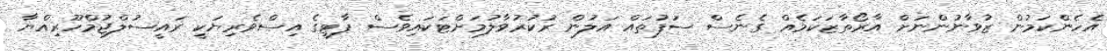
އެހެންކަމުން ޒުވާނުންނަށް އާރޯތާޒަކަމެއް ގެނެސް ސަފުތައް އަލުން ރުކުރުވާލުމަށްޓަކައިވެސް ޕާޓީގެ އިސްވެރިޔަކީ ރައީސުލްޖުމްހޫރިއްޔާ